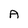
Character: A